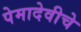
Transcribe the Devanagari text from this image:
पेमादेवीचे